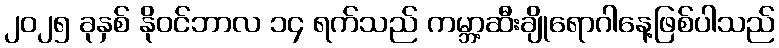
၂၀၂၅ ခုနှစ် နိုဝင်ဘာလ ၁၄ ရက်သည် ကမ္ဘာ့ဆီးချိုရောဂါနေ့ဖြစ်ပါသည်